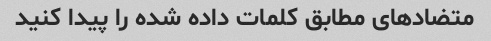
متضادهای مطابق کلمات داده شده را پیدا کنید